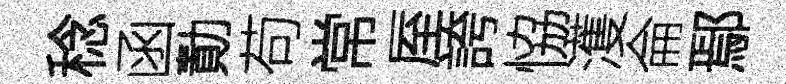
稔函勣苟常厔誇恊濩侖鄢